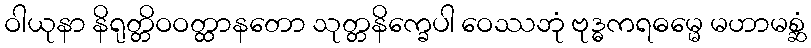
ဝါယုနာ နိရုတ္တိဝဝတ္ထာနတော သုတ္တနိက္ခေပါ ဝေဿဘုံ ဗုဒ္ဓကရဓမ္မေ မဟာမစ္ဆံ